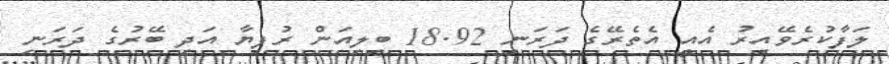
ލަފާކުރެވޭއިރު އެއީ އެތެރޭގެ ދަރަނި 18.92 ބިލިއަން ރުފިޔާ އަދި ބޭރުގެ ދަރަނި